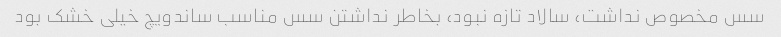
سس مخصوص نداشت، سالاد تازه نبود، بخاطر نداشتن سس مناسب ساندویچ خیلی خشک بود